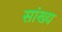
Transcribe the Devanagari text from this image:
सांख्‍य